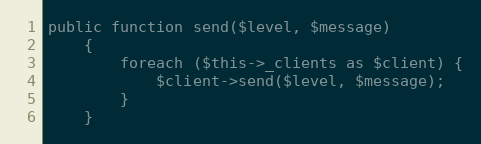
Language: PHP
public function send($level, $message)
    {
        foreach ($this->_clients as $client) {
            $client->send($level, $message);
        }
    }